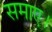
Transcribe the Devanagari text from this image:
समाए।